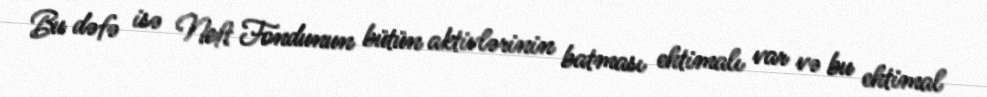
Bu dəfə isə Neft Fondunun bütün aktivlərinin batması ehtimalı var və bu ehtimal